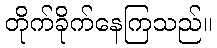
တိုက်ခိုက်နေကြသည်။